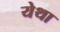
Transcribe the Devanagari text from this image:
येथा